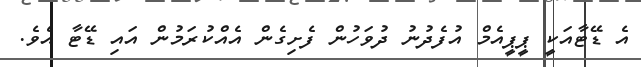
އެ ޑޭޓާއަކީ ޕީޕީއެމް އުފެދުނު ދުވަހުން ފެށިގެން އެއްކުރަމުން އައި ޑޭޓާ އެވެ.